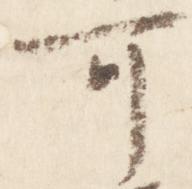
可